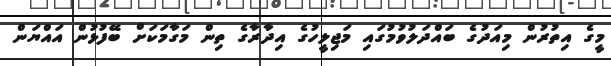
މީގެ އިތުރުން މިއަދުގެ ބައްދަލުވުމުގައި މަޖިލީހުގެ އިދާރާގެ ތިން މަގާމަކަށް ބޭފުޅުން އައްޔަން